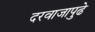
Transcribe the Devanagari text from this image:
दरवाजापुढे